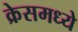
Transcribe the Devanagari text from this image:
क्रेसमध्ये